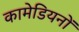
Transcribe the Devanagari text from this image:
कामेडियनों